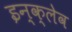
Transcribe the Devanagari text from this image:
इन्क्लेव